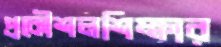
প্রকৌশলশিক্ষার